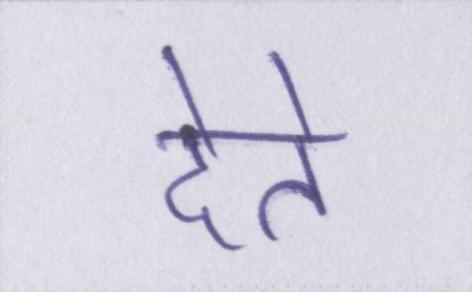
देते